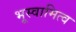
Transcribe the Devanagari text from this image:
भूस्वामित्व